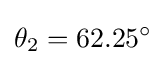
\theta _{2}=62.25^{\circ }